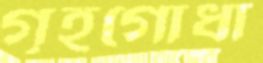
গৃহগোধা